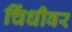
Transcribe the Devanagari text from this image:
चिंधीवर